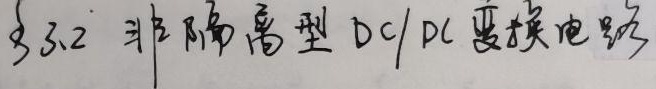
3.3.2 非隔离型DC/DC变换电路